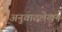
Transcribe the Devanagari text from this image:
अनुवादलेखन